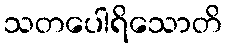
သတပေါရိသောတိ